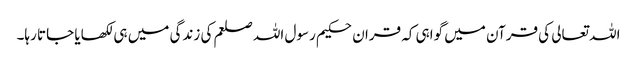
اللہ تعالی کی قرآن میں گواہی کہ قران حکیم رسول اللہ صلعم کی زندگی میں ہی لکھایا جاتا رہا۔